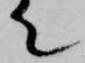
て